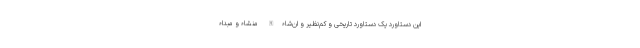
این دستاورد یک دستاورد تاریخی و کم‌نظیر و ان‌شاءالله منشاء و مبداء